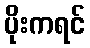
ပိုးကရင်